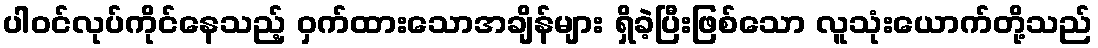
ပါဝင်လုပ်ကိုင်နေသည့် ဝှက်ထားသောအချိန်များ ရှိခဲ့ပြီးဖြစ်သော လူသုံးယောက်တို့သည်